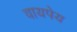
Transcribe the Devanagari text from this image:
वायपेय